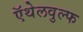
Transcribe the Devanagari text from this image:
ऍथेलवुल्फ